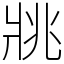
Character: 𤕷